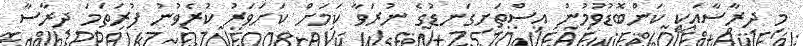
މި ދިރާސާއަކީ ކަންބޮޑުވުމުން އިސްތަށިގަނޑުގެ ނުރަވާ ކަމަށް ކަށަވަރު ކުރެވުނު ފުރަތަމަ ދިރާސާ